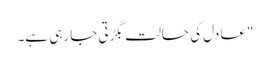
"عادل کی حالت بگڑتی جا رہی ہے۔